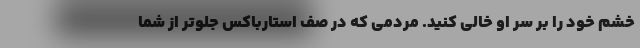
خشم خود را بر سر او خالی کنید. مردمی که در صف استارباکس جلوتر از شما